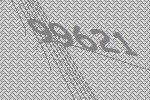
99621